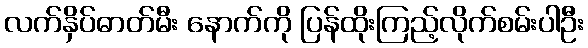
လက်နှိပ်ဓာတ်မီး နောက်ကို ပြန်ထိုးကြည့်လိုက်စမ်းပါဦး